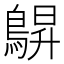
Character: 鵿